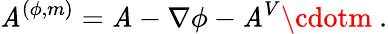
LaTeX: \mathit{A}^{(\phi,m)}=\mathit{A}-\nabla\phi-\mathit{A}^{V}\cdotm\ .